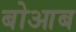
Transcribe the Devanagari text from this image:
बोआब